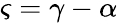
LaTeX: \varsigma=\gamma-\alpha